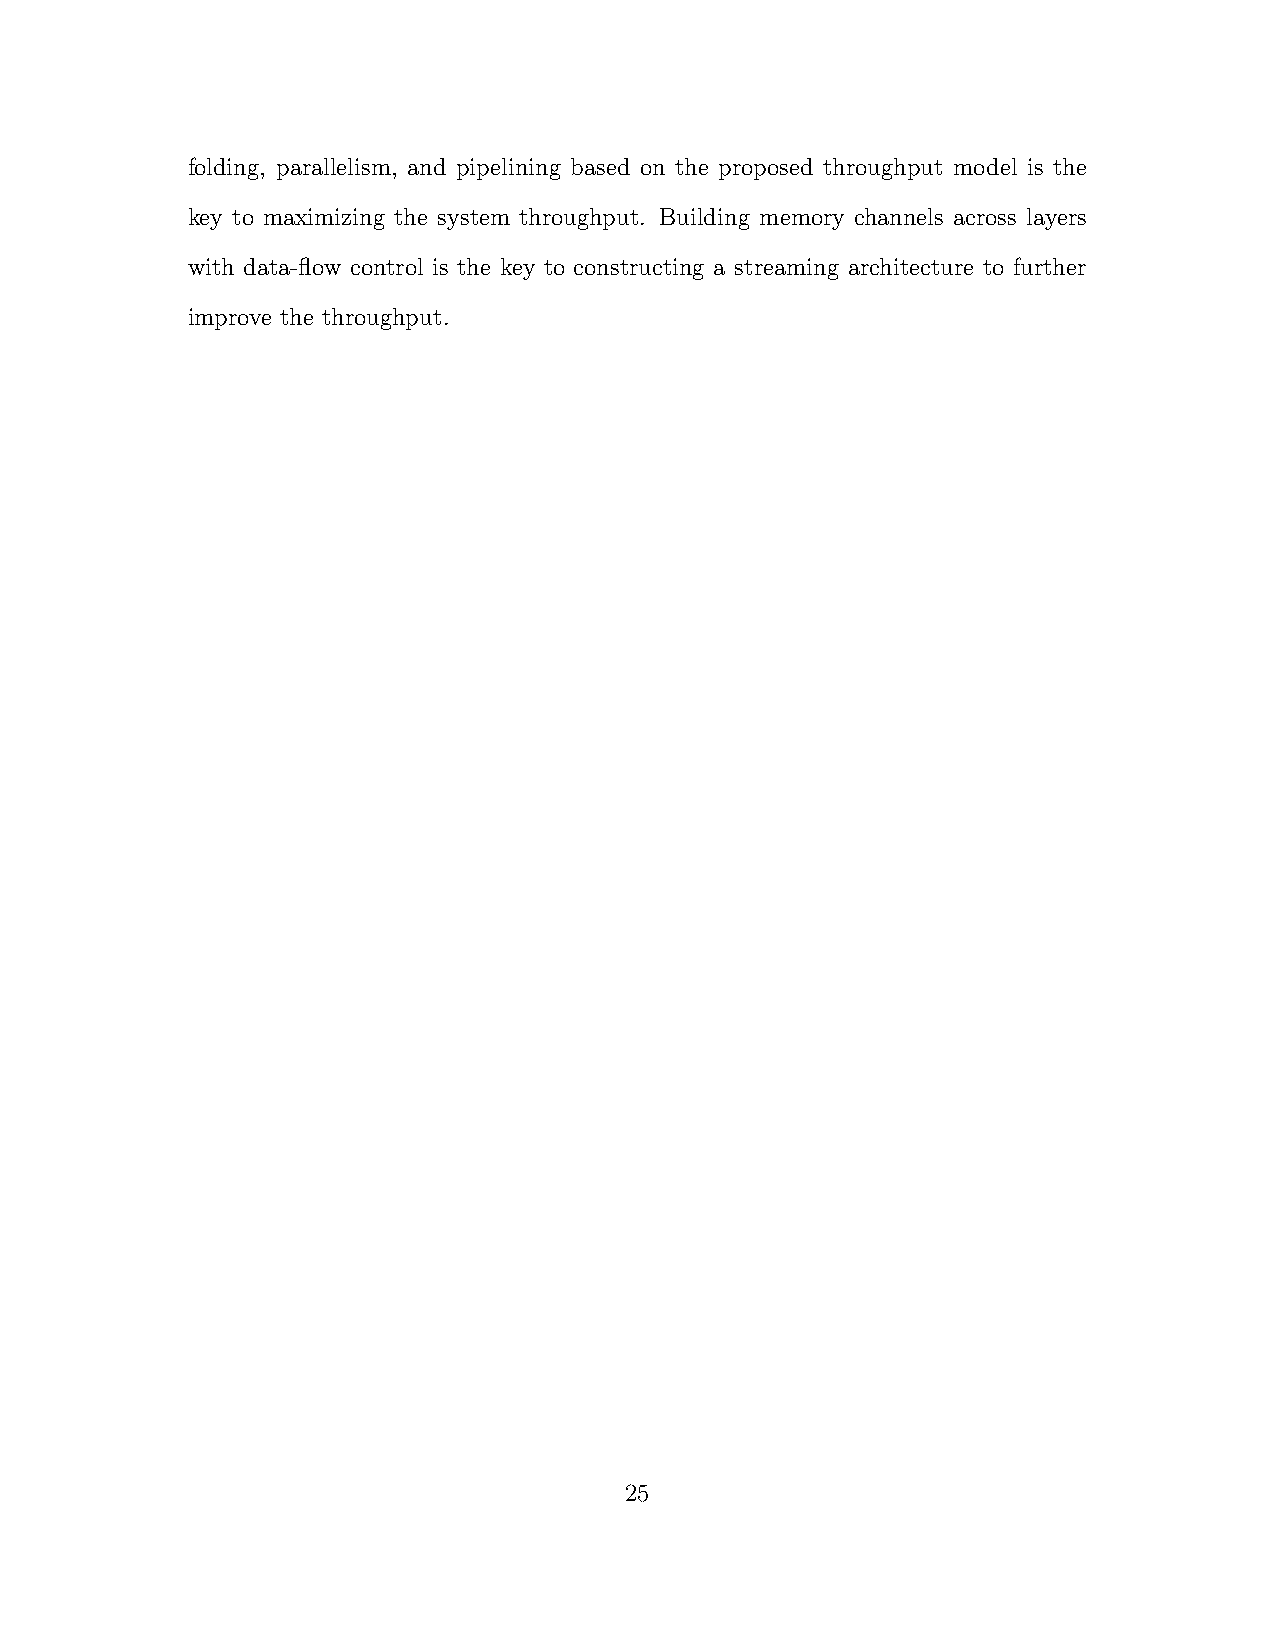
folding, parallelism, and pipelining based on the proposed throughput model is the
 key to maximizing the system throughput. Building memory channels across layers
 with data-flow control is the key to constructing a streaming architecture to further
 improve the throughput.
 25